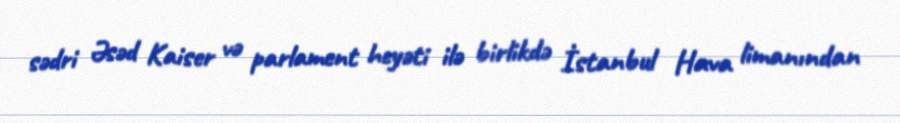
sədri Əsəd Kaiser və parlament heyəti ilə birlikdə İstanbul Hava limanından